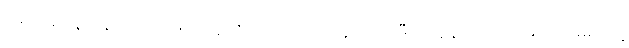
ရခိုင်ပြည်နယ်မှာရှိတဲ့ လူထု အသိုင်းအဝိုင်းအတွက် ကိုဖီအာနန် အကြံပေးကော်မရှင်ရဲ့